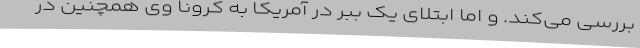
بررسی می‌کند. و اما ابتلای یک ببر در آمریکا به کرونا وی همچنین در